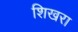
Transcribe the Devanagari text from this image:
शिखरा